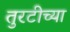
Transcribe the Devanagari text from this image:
तुरटीच्या